Vital statistics of India. Vol. VI, European troops 1870-79
Year: 1870
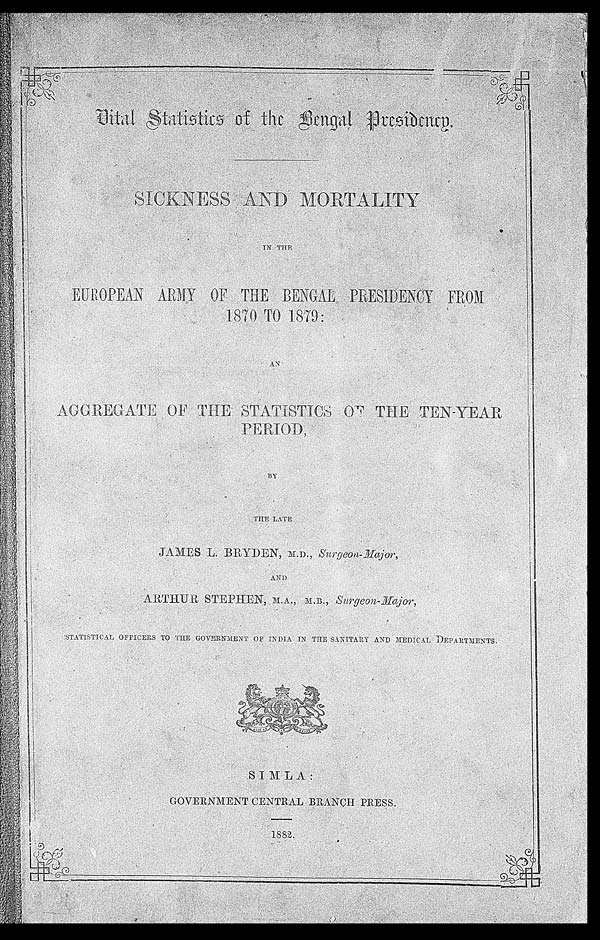
S I CKNES S AND MORTALI TY
IN THE
E U R O P E A N A R M Y O F T H E B E N G A L P R E S I D E N C Y F R O M
1870 TO 1879:
AN A G G R E G A T E O F T H E S T A T I S T I C S O F T H E T E N - Y E A R P E R I O D ,
BY
THE LATE
JAMES L. BRYDEN, M.D., Surgeon-Major,
AND
ARTHUR STEPHEN, . M.A., M. B., Surgeon-Major,
STATISTICAL OFFICERS TO THE GOVERNMENT OF INDIA IN THE SANITARY AND MEDICAL DEPARTMENTS.
SIMLA:
GOVERNMENT CENTRAL BRANCH PRESS.
1882.